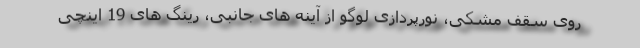
روی سقف مشکی، نورپردازی لوگو از آینه های جانبی، رینگ های 19 اینچی